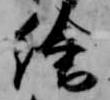
絵